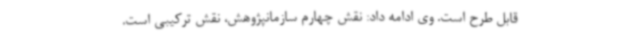
قابل طرح است. وی ادامه داد: نقش چهارم سازمانپژوهش، نقش ترکیبی است.